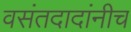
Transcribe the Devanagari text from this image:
वसंतदादांनीच